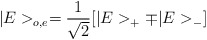
\begin{align*}|E>_{o,e} = \frac{1}{\sqrt2}[|E>_+ \mp |E>_-]\end{align*}